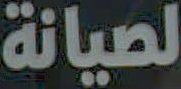
لصيانة